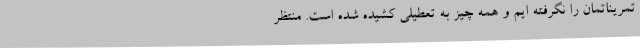
تمریناتمان را نگرفته ایم و همه چیز به تعطیلی کشیده شده است. منتظر